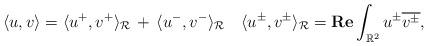
LaTeX: \begin{align*}\langle u,v\rangle=\langle u^+, v^+\rangle_{\mathcal R}\,+\,\langle u^-, v^-\rangle_{\mathcal R}\quad\langle u^\pm,v^\pm\rangle_{\mathcal R}={\mathbf {Re}}\int_{\mathbb{R}^2}u^{\pm}\overline{v^\pm},\end{align*}